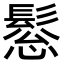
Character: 𩭤